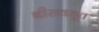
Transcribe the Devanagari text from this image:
बीरावधूत